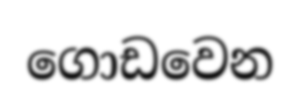
ගොඩවෙන